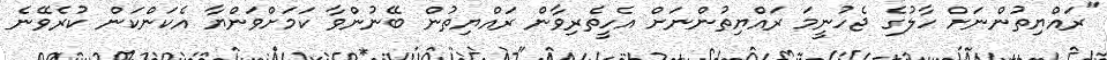
"ރައްޔިތުންނަށް ހާލުގެ ޖެހުނީމަ ރައްޔިތުންނަށް އެހީތެރިވާން ރައްޔިތުން ބޭނުންވާ ކަމަށްވަންޔާ އެކަންކަން ކުރެވޭނެ